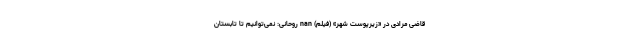
قاضی مرادی در «زیرپوست شهر» (فیلم) nan روحانی: نمی‌توانیم تا تابستان